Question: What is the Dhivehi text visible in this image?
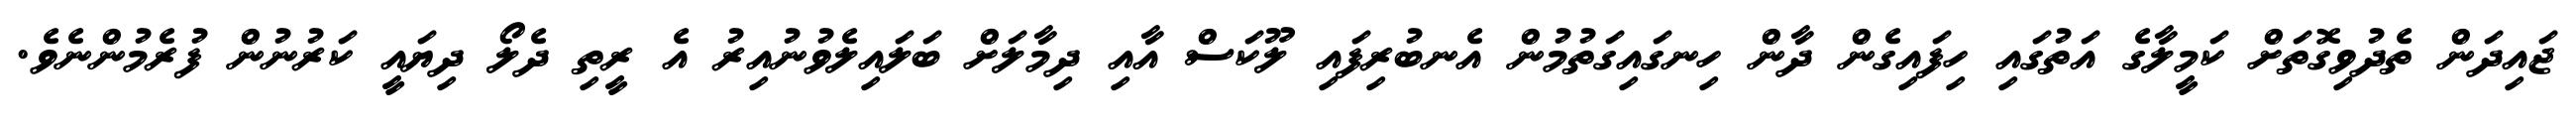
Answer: ޖައިދަން ތެދުވިގޮތަށް ކަމީލާގެ އަތުގައި ހިފައިގެން ދާން ހިނގައިގަތުމުން އެނބުރިފައި ލޫކަސް އާއި ދިމާލަށް ބަލައިލެވުނުއިރު އެ ރީތި ދެލޯ ދިޔައީ ކަރުނުން ފުރެމުންނެވެ.